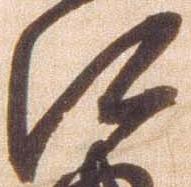
江